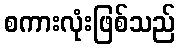
စကားလုံးဖြစ်သည်